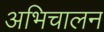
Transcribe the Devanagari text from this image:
अभिचालन